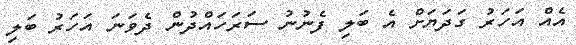
އެއް އަހަރު ގަދަޔަށް އެ ބަލި ފެނުނު ސަރަހައްދުން ދެވަނަ އަހަރު ބަލި